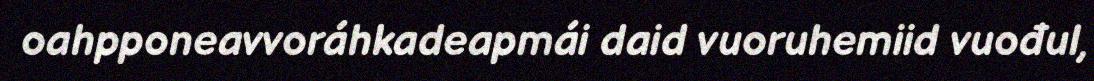
oahpponeavvoráhkadeapmái daid vuoruhemiid vuođul,